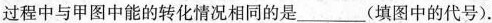
过程中与甲图中能的转化情况相同的是___(填图中的代号).